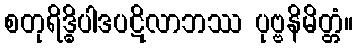
စတုရိဒ္ဓိပါဒပဋိလာဘဿ ပုဗ္ဗနိမိတ္တံ။